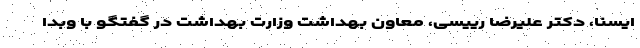
ایسنا، دکتر علیرضا رییسی، معاون بهداشت وزارت بهداشت در گفتگو با وبدا